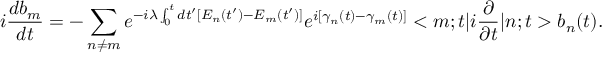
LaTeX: i \frac { d b _ { m } } { d t } = - \sum _ { n \neq m } e ^ { - i \lambda \int _ { 0 } ^ { t } d t ^ { \prime } [ E _ { n } ( t ^ { \prime } ) - E _ { m } ( t ^ { \prime } ) ] } e ^ { i [ \gamma _ { n } ( t ) - \gamma _ { m } ( t ) ] } < m ; t | i \frac { \partial } { \partial t } | n ; t > b _ { n } ( t ) .